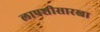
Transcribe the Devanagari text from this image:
लापशीसारखा